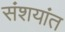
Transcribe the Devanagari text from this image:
संशयांत